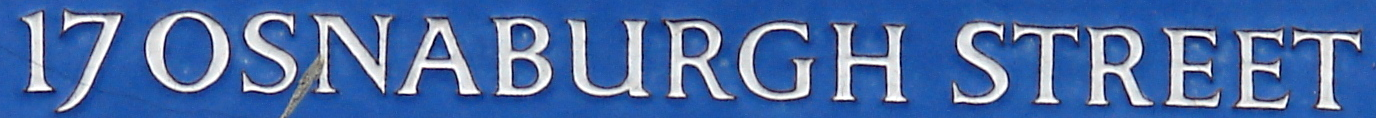
17 OSNABURGH STREET